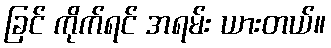
ခြင် ကိုက်ရင် အရမ်း ယားတယ်။